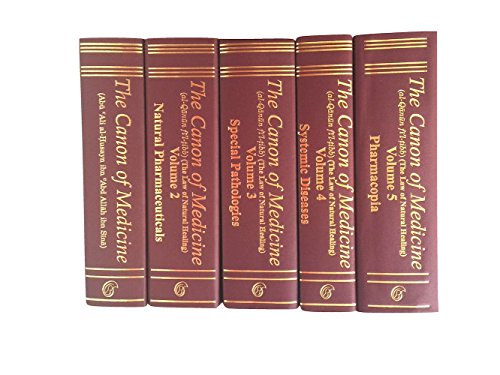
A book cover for Avicenna Canon of Medicine Complete Five Volume Set; Avicenna; Medical Books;